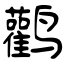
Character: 鹳